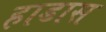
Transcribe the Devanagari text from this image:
हाडास